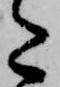
た